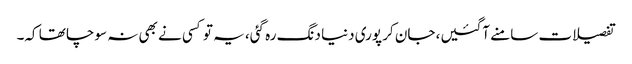
تفصیلات سامنے آگئیں، جان کر پوری دنیا دنگ رہ گئی، یہ تو کسی نے بھی نہ سوچا تھا کہ۔